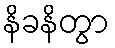
နိခနိတွာ